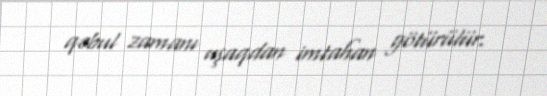
qəbul zamanı uşaqdan imtahan götürülür.